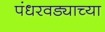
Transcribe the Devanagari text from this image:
पंधरवड्याच्या